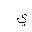
Letter: _ya